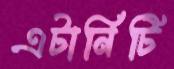
এটার্নিটি